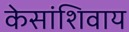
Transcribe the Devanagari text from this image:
केसांशिवाय